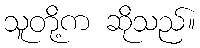
သူတို့က ဆိုသည်။